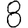
Digit: 8